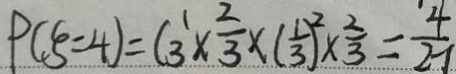
P ( \xi = 4 ) = C _ { 3 } ^ { 1 } \times \frac { 2 } { 3 } \times ( \frac { 1 } { 3 } ) ^ { 2 } \times \frac { 2 } { 3 } = \frac { 4 } { 2 7 }